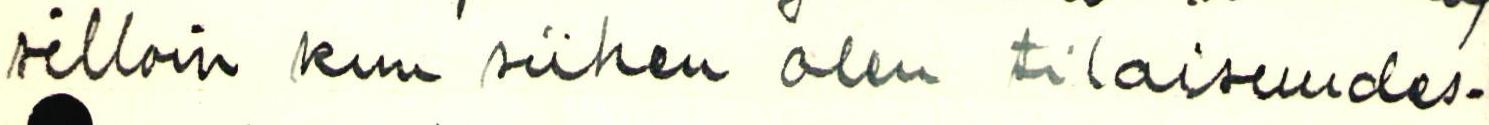
silloin kun siihen olen tilaisuudes-